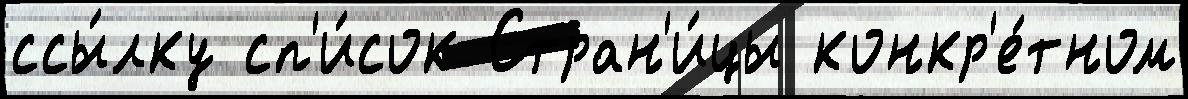
ссы́лку сп'и́сок Стран'и́цы конкр'е́тном